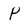
Character: P